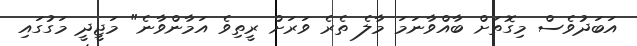
އަބަދުވެސް މިގޮތަށް ބާއްވާނަމަ މާލެ ތެރެ ވަރަށް ރީތިވެ އަމާންވާނެ" މަޖީދީ މަގުގައި